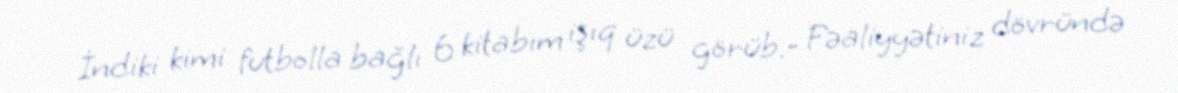
İndiki kimi futbolla bağlı 6 kitabım işıq üzü görüb.- Fəaliyyətiniz dövründə